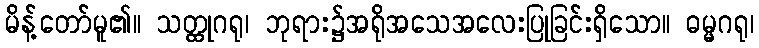
မိန့်တော်မူ၏။ သတ္ထုဂရု၊ ဘုရား၌အရိုအသေအလေးပြုခြင်းရှိသော။ ဓမ္မဂရု၊